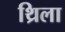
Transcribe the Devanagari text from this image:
थ्रिला